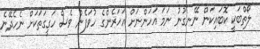
ލޯތްބަކީ ކޮބައިކަން ނޭނގުނު ނަމަ އަހަންނަށް އަހަރެންގެ ހުވަފެން ވެސް ހަގީގަތަކަށް ނެހެދޭނެ